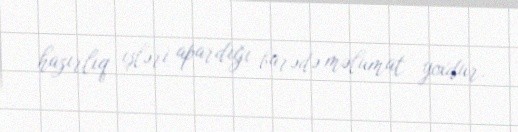
hazırlıq işləri apardığı barədə məlumat yoxdur.